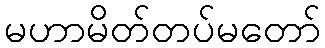
မဟာမိတ်တပ်မတော်